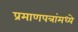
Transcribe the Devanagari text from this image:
प्रमाणपत्रांमध्ये